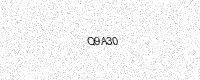
Text: Q9A30